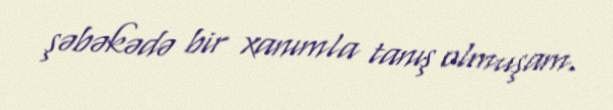
şəbəkədə bir xanımla tanış olmuşam.